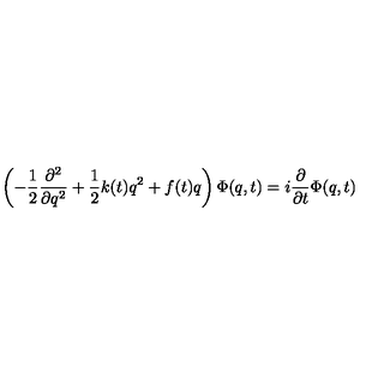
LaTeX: \left( - \frac 1 2 \frac { \partial ^ { 2 } } { \partial q ^ { 2 } } + \frac 1 2 k ( t ) q ^ { 2 } + f ( t ) q \right) \Phi ( q , t ) = i \frac \partial { \partial t } \Phi ( q , t )